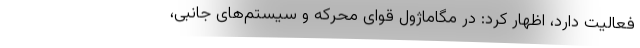
فعالیت دارد، اظهار کرد: در مگاماژول قوای محرکه و سیستم‌های جانبی،